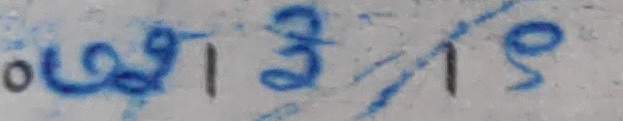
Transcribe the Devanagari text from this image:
० भाषी  ३  १  ९